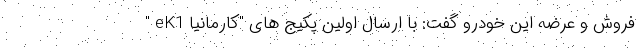
فروش و عرضه این خودرو گفت: با ارسال اولین پکیج های "کارمانیا eK1 "